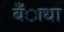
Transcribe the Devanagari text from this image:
बँाधा